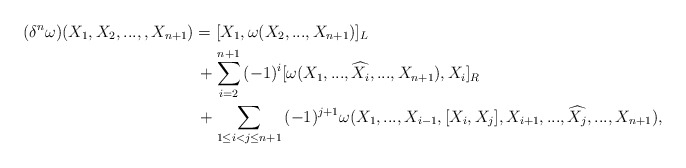
\begin{align*}(\delta^{n}\omega)(X_{1},X_{2}, . . ., ,X_{n+1})&=[X_{1},\omega(X_{2}, . . ., X_{n+1})]_{L}\\&\,+\sum_{i=2}^{n+1}{(-1)^{i}[\omega(X_{1}, . . ., \widehat{X_{i}}, . . ., X_{n+1}),X_{i}]_{R}}\\&\,+\sum_{1\leq i<j\leq n+1}{(-1)^{j+1}\omega(X_{1}, . . ., X_{i-1},[X_{i},X_{j}],X_{i+1}, . . ., \widehat{X_{j}}, . . ., X_{n+1})},\end{align*}